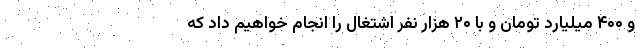
و ۴۰۰ میلیارد تومان و با ۲۰ هزار نفر اشتغال را انجام خواهیم داد که